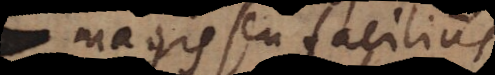
magis seu facilius